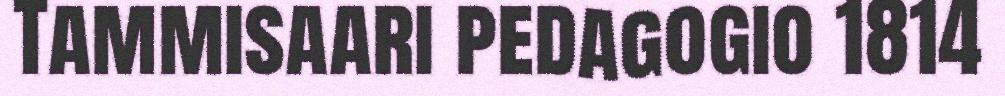
Tammisaari pedagogio 1814